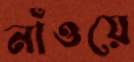
নাঁওয়ে